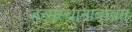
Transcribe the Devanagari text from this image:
जन्मस्थानाबाबत